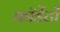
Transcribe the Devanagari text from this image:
कॉर्डेटों